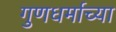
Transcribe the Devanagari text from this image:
गुणधर्माच्या